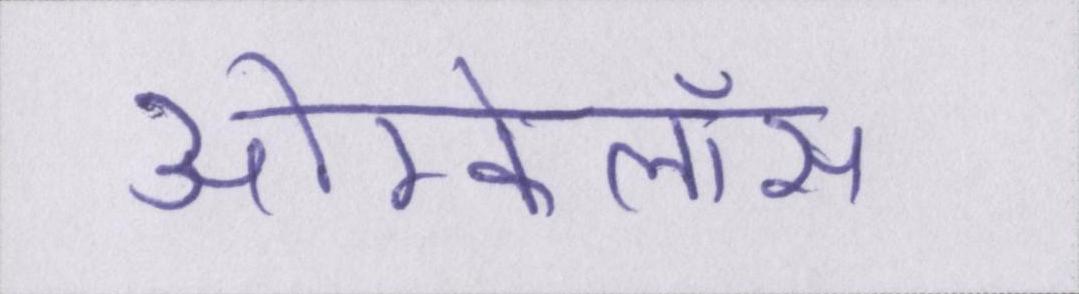
ओम्फेलॉस